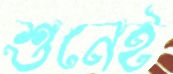
শুনেই